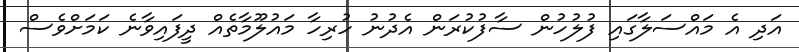
އަދި އެ މައްސަލާގައި ފުލުހުން ސާފުކުރަން އެދުނު ހުރިހާ މައުލޫމާތެއް ދީފައިވާނެ ކަމަށްވެސް